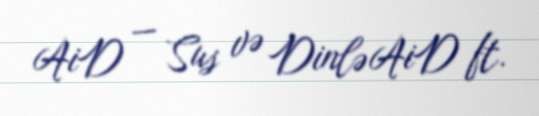
AiD — Sus və Dinlə AiD ft.